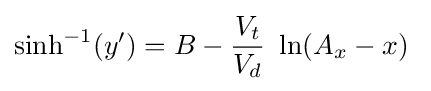
\sinh ^{-1}(y')=B-{\frac {V_{t}}{V_{d}}}\ \ln(A_{x}-x)~